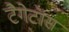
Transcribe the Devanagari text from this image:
टैगेटॉस